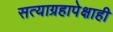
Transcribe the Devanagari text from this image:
सत्याग्रहापेक्षाही